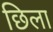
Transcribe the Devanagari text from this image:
छिला